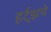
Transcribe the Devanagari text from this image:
हर्ट्‌झचे